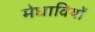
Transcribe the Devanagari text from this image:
मेधावियों